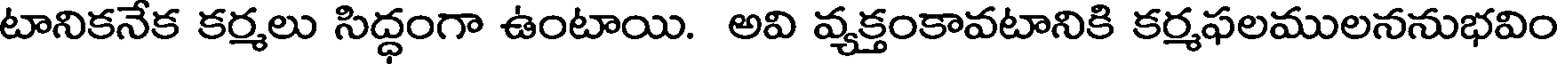
టానికనేక కర్మలు సిద్ధంగా ఉంటాయి. అవి వ్యక్తంకావటానికి కర్మఫలములననుభవిం